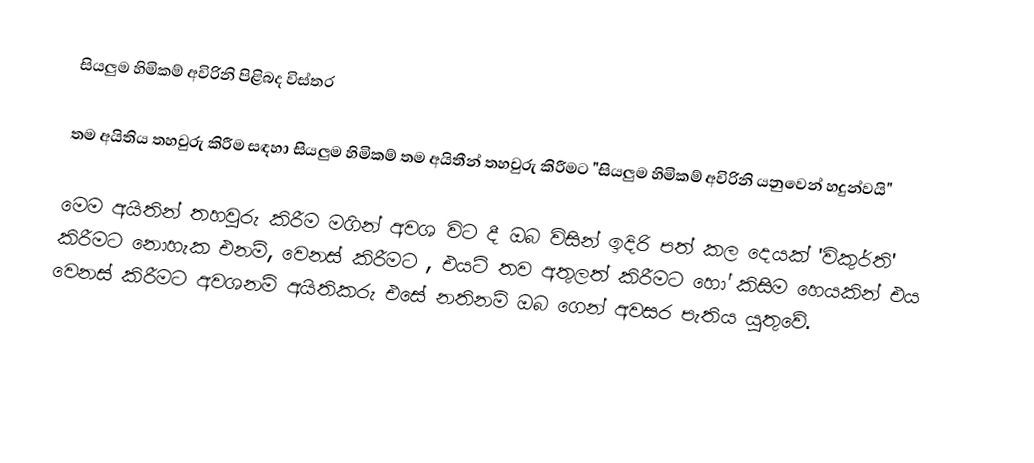
සියලුම හිමිකම් අවිරිනි පිළිබද විස්තර

තම අයිතිය තහවුරු කිරීම සඳහා සියලුම හිමිකම් තම අයිතීන් තහවුරු කිරීමට "සියලුම හිමිකම් අවිරිනි යනුවෙන් හදුන්වයි"

මෙම අයිතින් තහවුරු කිරීම මගින් අවශ විට දී ඔබ විසින් ඉදිරි පත් කල දෙයක් 'විකුර්ති' කිරීමට නොහැක එනම්, වෙනස් කිරීමට , එයට් තව අතුලත් කිරීමට හෝ කිසිම හෙයකින් එය වෙනස් කිරීමට අවශනම් අයිතිකරු එසේ නතිනම් ඔබ ගෙන් අවසර පැතිය යුතුවේ.